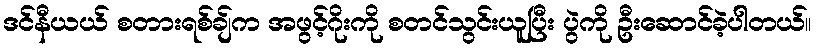
ဒင်နီယယ် စတားရစ်ချ်က အဖွင့်ဂိုးကို စတင်သွင်းယူပြီး ပွဲကို ဦးဆောင်ခဲ့ပါတယ်။